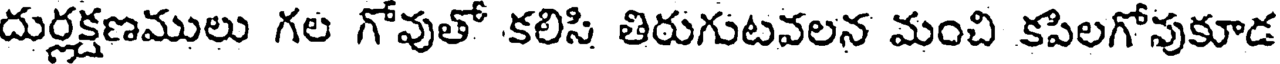
దుర్లక్షణములు గల గోవుతో కలిసి తిరుగుటవలన మంచి కపిలగోవుకూడ